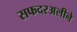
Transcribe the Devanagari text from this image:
सफदरअलीने